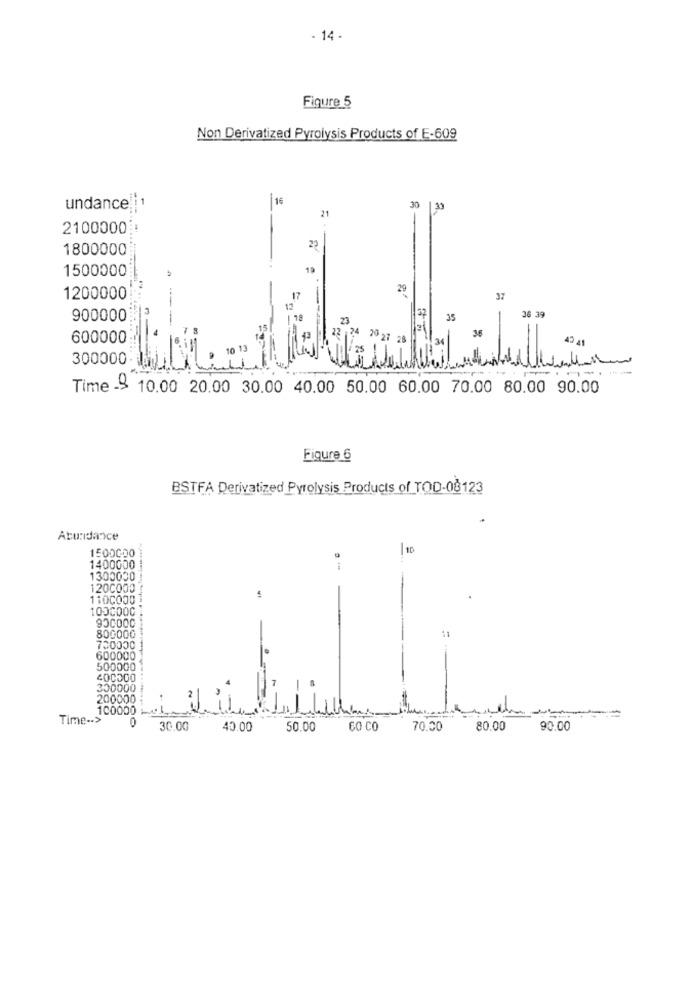
- 14-
Figure 5
Non Derivatized Pyrolysis Products of E-609
16
undance
30
33
21
2-
2100000 !
1800000
22
1500000
19
29
1200000
17
37
37
36 39
900000
35
36
600000
29 27
34
42 41
300000
--
Time -9 10.00 20.00 30.00 40.00 50.00 60.00 70.00 80.00 90.00
Figure 6
BSTFA Derivatized Pyrolysis Products of TOD-08123
Abundance
10
1500000
1400000
1300000
1200000
1100000
1000000
900000
800000
700000
600000
500000
COCO00
300000
200000
100000
--
Time -. >
0
30.0G
40.00
50.00
60 CO
70.00
80.00
90.00